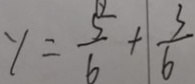
y = \frac { 5 } { 6 } + \frac { 3 } { 6 }